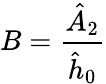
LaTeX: B=\frac{\hat{A}_{2}}{\hat{h}_{0}}